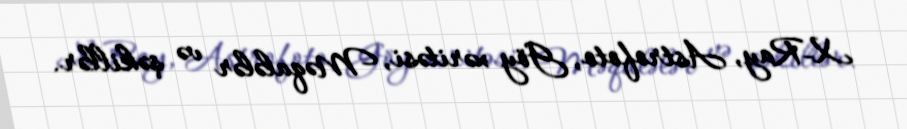
X-Ray, Astrofoto, Göy xəritəsi, Məqalələr və şəkillər.